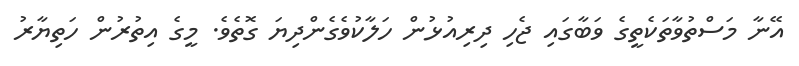
އޭނާ މަސްތުވާތަކެތީގެ ވަބާގައި ޖެހި ދިރިއުޅުން ހަލާކުވެގެންދިޔަ ގޮތެވެ. މީގެ އިތުރުން ހަތިޔާރު